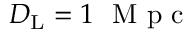
D _ { \mathrm { { L } } } = 1 ~ \mathrm { ~ M ~ p ~ c ~ }